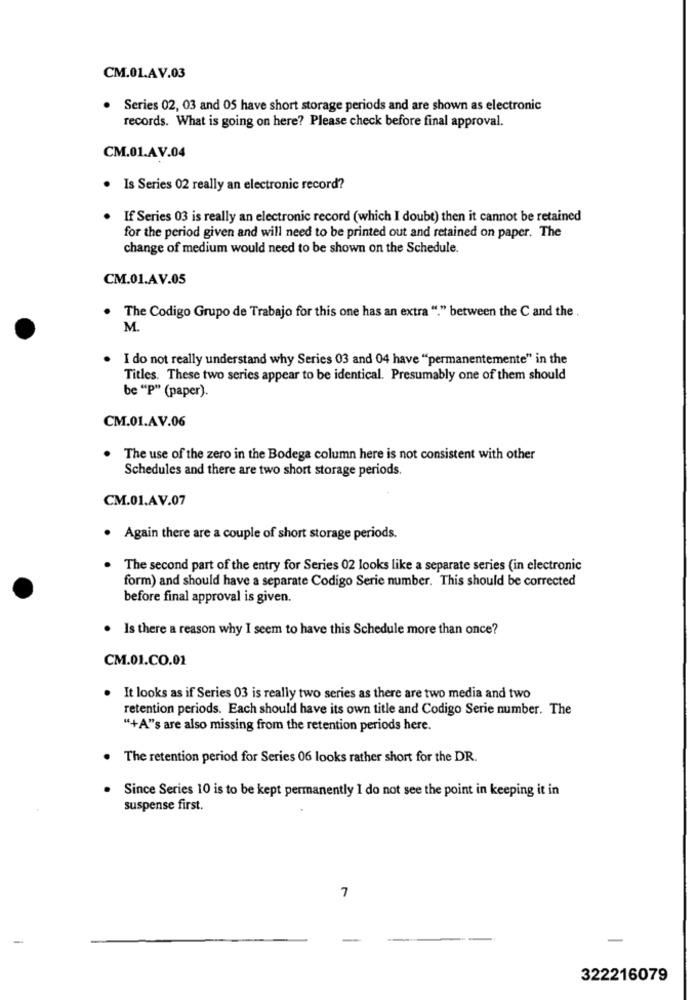
CM.01.AV.03
Series 02, 03 and 05 have short storage periods and are shown as electronic
records. What is going on here? Please check before final approval.
CM.01.AV.04
. Is Series 02 really an electronic record?
If Series 03 is really an electronic record (which I doubt) then it cannot be retained
for the period given and will need to be printed out and retained on paper. The
change of medium would need to be shown on the Schedule.
CM.01.AV.05
. The Codigo Grupo de Trabajo for this one has an extra "." between the C and the .
M.
I do not really understand why Series 03 and 04 have "permanentemente" in the
Titles. These two series appear to be identical. Presumably one of them should
be "P" (paper).
CM.01.AV.06
The use of the zero in the Bodega column here is not consistent with other
Schedules and there are two short storage periods.
CM.01.AV.07
. Again there are a couple of short storage periods.
The second part of the entry for Series 02 looks like a separate series (in electronic
form) and should have a separate Codigo Serie number. This should be corrected
before final approval is given.
Is there a reason why I seem to have this Schedule more than once?
CM.01.CO.01
It looks as if Series 03 is really two series as there are two media and two
retention periods. Each should have its own title and Codigo Serie number. The
"+A"'s are also missing from the retention periods here.
The retention period for Series 06 looks rather short for the DR.
Since Series 10 is to be kept permanently I do not see the point in keeping it in
suspense first.
7
322216079